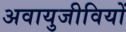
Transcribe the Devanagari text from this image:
अवायुजीवियों